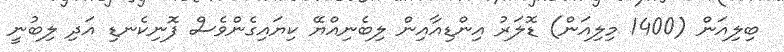
ބިލިއަން (1400 މިލިއަން) ޑޮލަރު އިންޑިއާއިން ލިބެނިއްޔޭ ކިޔައިގެންވެސް ފޮނިކެނޑި އަދި ލިބުނީ